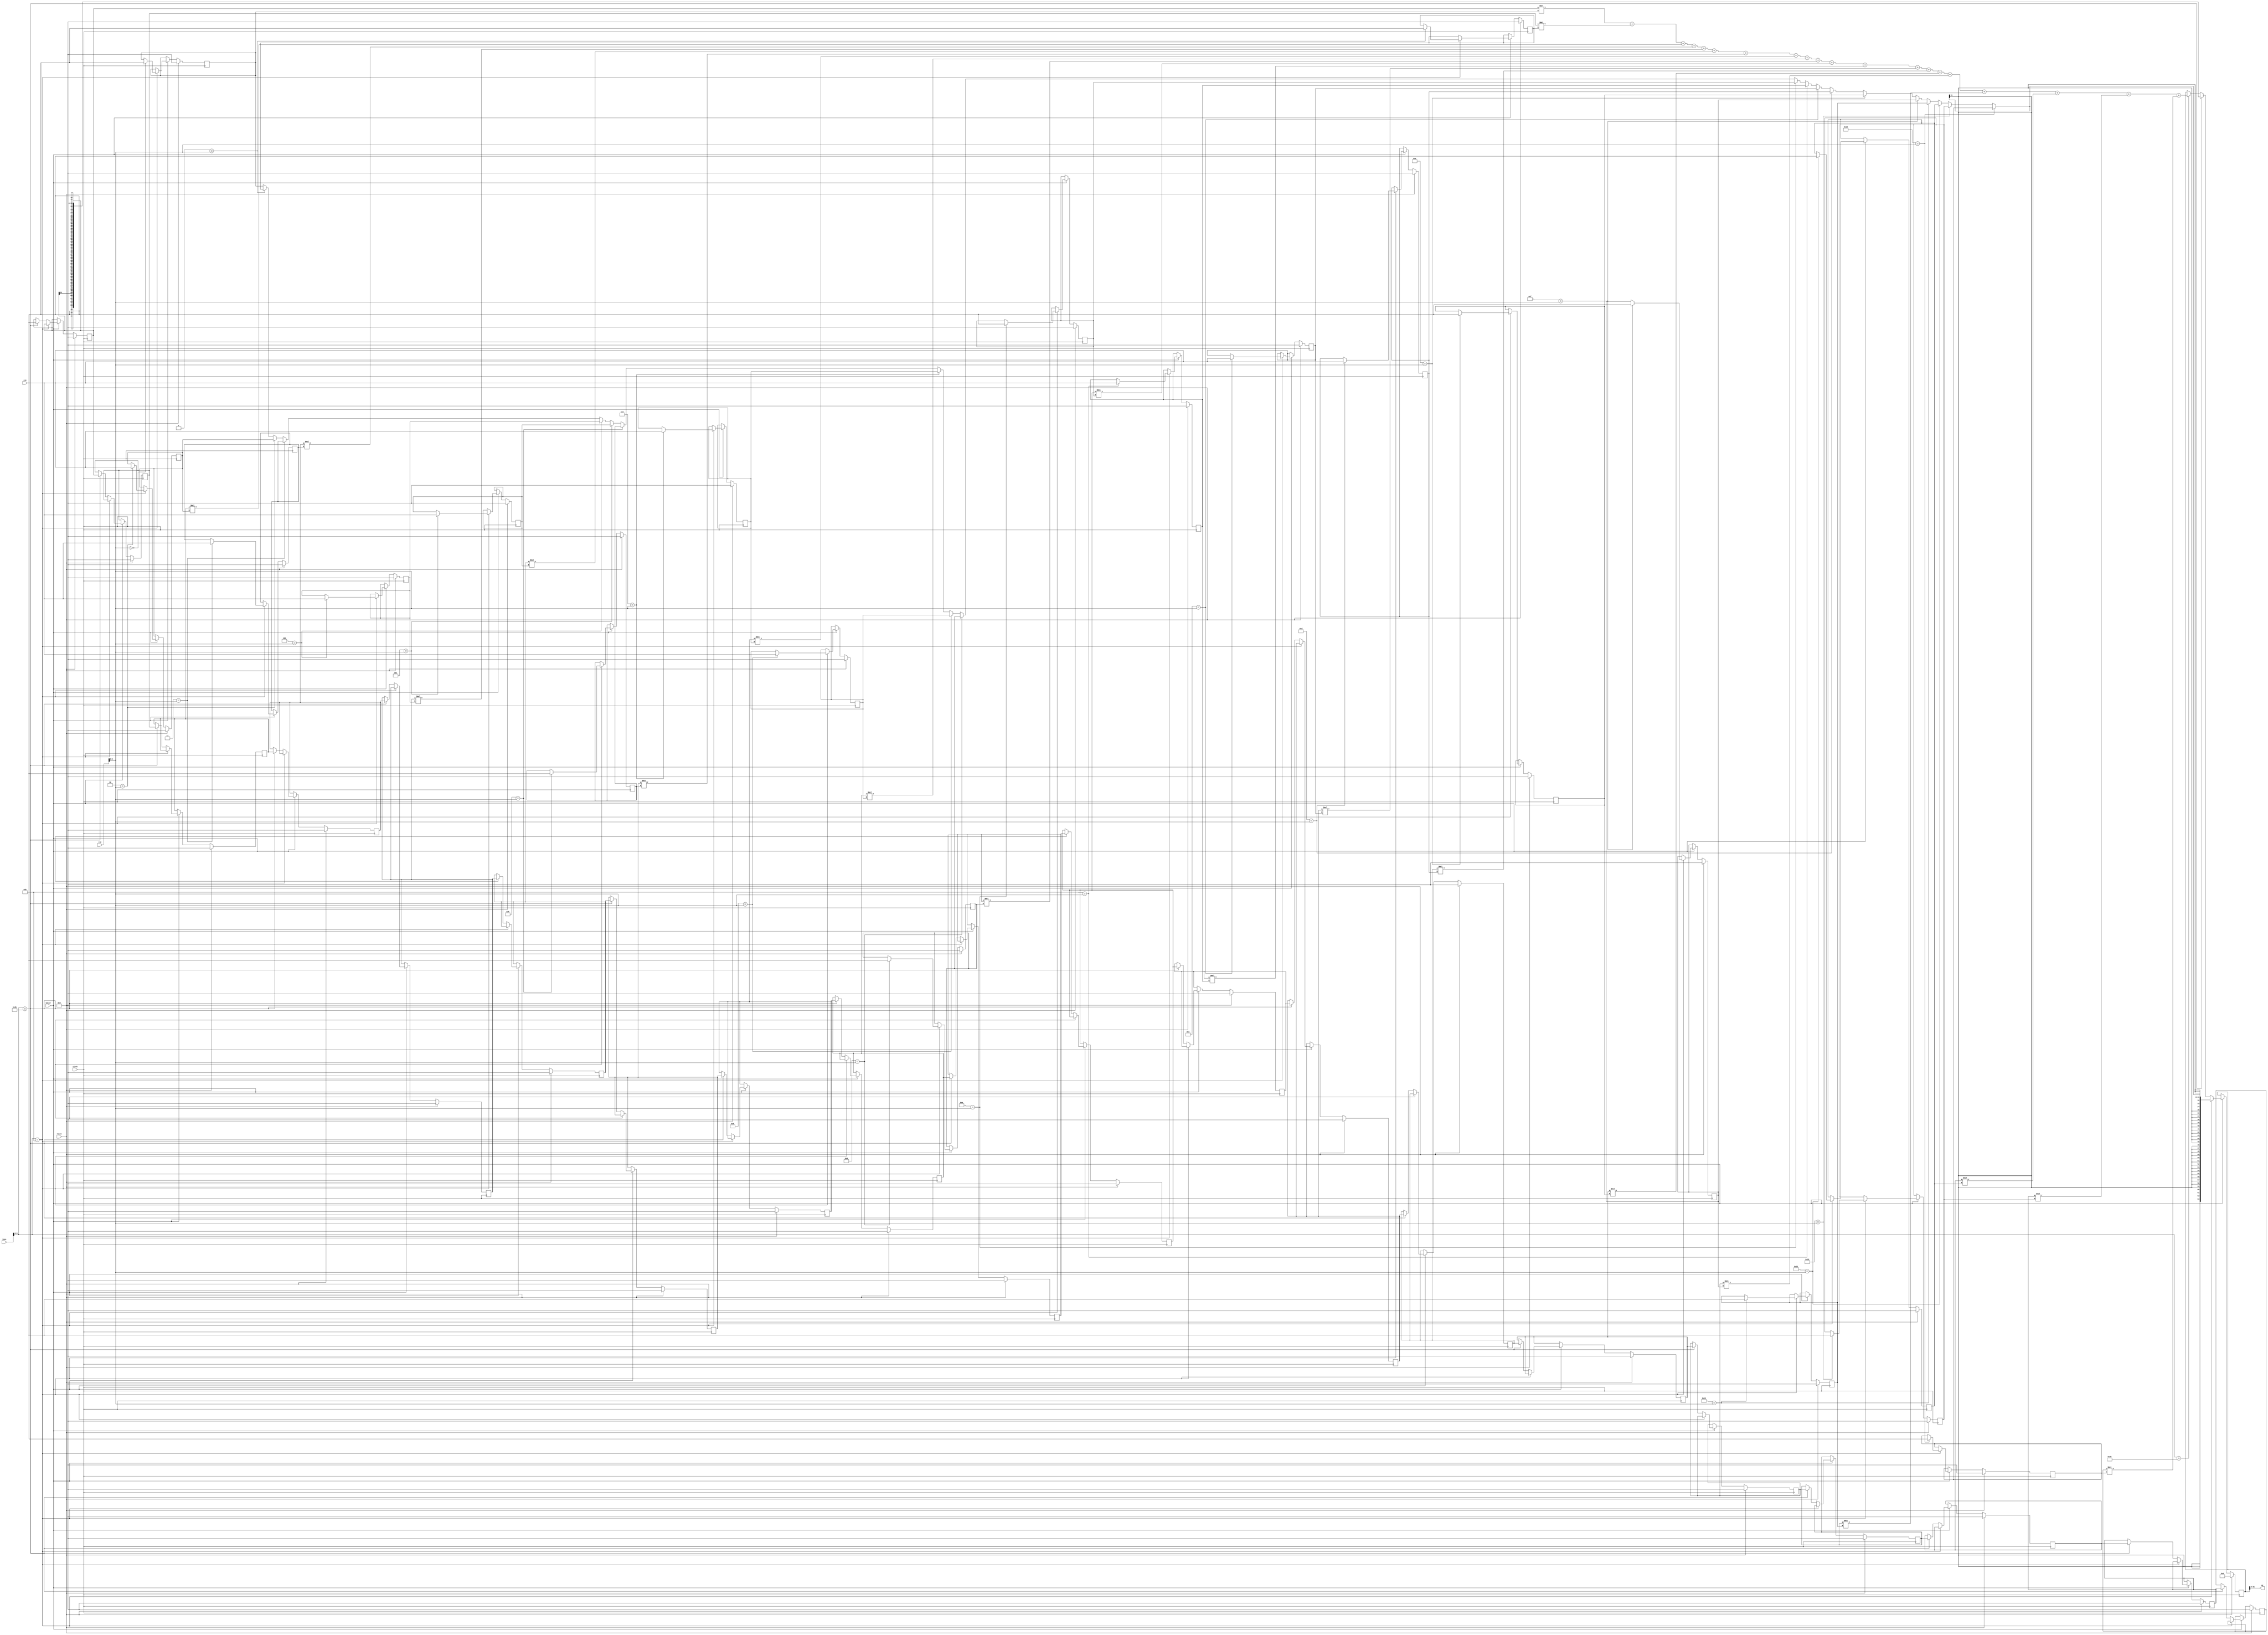
module SCIEPipelined #(parameter XLEN = 32)(
  input         clock,
  input         reset,
  input         valid,
  input  [31:0] insn,
  input  [31:0] rs1,
  input  [31:0] rs2,
  output [31:0] rd
);
  reg [31:0] coeffs_0;
  reg [31:0] coeffs_1;
  reg [31:0] coeffs_2;
  reg [31:0] coeffs_3;
  reg [31:0] coeffs_4;
  reg [31:0] coeffs_5;
  reg [31:0] coeffs_6;
  reg [31:0] coeffs_7;
  reg [31:0] coeffs_8;
  reg [31:0] coeffs_9;
  reg [31:0] coeffs_10;
  reg [31:0] coeffs_11;
  reg [31:0] coeffs_12;
  reg [31:0] coeffs_13;
  reg [31:0] coeffs_14;
  reg [31:0] coeffs_15;
  reg [31:0] coeffs_16;
  reg [31:0] coeffs_17;
  reg [31:0] coeffs_18;
  reg [31:0] coeffs_19;
  reg [31:0] data_0;
  reg [31:0] data_1;
  reg [31:0] data_2;
  reg [31:0] data_3;
  reg [31:0] data_4;
  reg [31:0] data_5;
  reg [31:0] data_6;
  reg [31:0] data_7;
  reg [31:0] data_8;
  reg [31:0] data_9;
  reg [31:0] data_10;
  reg [31:0] data_11;
  reg [31:0] data_12;
  reg [31:0] data_13;
  reg [31:0] data_14;
  reg [31:0] data_15;
  reg [31:0] data_16;
  reg [31:0] data_17;
  reg [31:0] data_18;
  reg [31:0] data_19;
  reg [63:0] result;
  wire [31:0] _GEN_21 = 5'h1 == rs2[4:0] ? $signed(coeffs_1) : $signed(coeffs_0);
  wire [31:0] _GEN_22 = 5'h2 == rs2[4:0] ? $signed(coeffs_2) : $signed(_GEN_21);
  wire [31:0] _GEN_23 = 5'h3 == rs2[4:0] ? $signed(coeffs_3) : $signed(_GEN_22);
  wire [31:0] _GEN_24 = 5'h4 == rs2[4:0] ? $signed(coeffs_4) : $signed(_GEN_23);
  wire [31:0] _GEN_25 = 5'h5 == rs2[4:0] ? $signed(coeffs_5) : $signed(_GEN_24);
  wire [31:0] _GEN_26 = 5'h6 == rs2[4:0] ? $signed(coeffs_6) : $signed(_GEN_25);
  wire [31:0] _GEN_27 = 5'h7 == rs2[4:0] ? $signed(coeffs_7) : $signed(_GEN_26);
  wire [31:0] _GEN_28 = 5'h8 == rs2[4:0] ? $signed(coeffs_8) : $signed(_GEN_27);
  wire [31:0] _GEN_29 = 5'h9 == rs2[4:0] ? $signed(coeffs_9) : $signed(_GEN_28);
  wire [31:0] _GEN_30 = 5'ha == rs2[4:0] ? $signed(coeffs_10) : $signed(_GEN_29);
  wire [31:0] _GEN_31 = 5'hb == rs2[4:0] ? $signed(coeffs_11) : $signed(_GEN_30);
  wire [31:0] _GEN_32 = 5'hc == rs2[4:0] ? $signed(coeffs_12) : $signed(_GEN_31);
  wire [31:0] _GEN_33 = 5'hd == rs2[4:0] ? $signed(coeffs_13) : $signed(_GEN_32);
  wire [31:0] _GEN_34 = 5'he == rs2[4:0] ? $signed(coeffs_14) : $signed(_GEN_33);
  wire [31:0] _GEN_35 = 5'hf == rs2[4:0] ? $signed(coeffs_15) : $signed(_GEN_34);
  wire [31:0] _GEN_36 = 5'h10 == rs2[4:0] ? $signed(coeffs_16) : $signed(_GEN_35);
  wire [31:0] _GEN_37 = 5'h11 == rs2[4:0] ? $signed(coeffs_17) : $signed(_GEN_36);
  wire [31:0] _GEN_38 = 5'h12 == rs2[4:0] ? $signed(coeffs_18) : $signed(_GEN_37);
  wire [31:0] _GEN_39 = 5'h13 == rs2[4:0] ? $signed(coeffs_19) : $signed(_GEN_38);
  wire [63:0] _result_T_2 = $signed(data_0) * $signed(coeffs_0);
  wire [63:0] _result_T_3 = $signed(data_1) * $signed(coeffs_1);
  wire [63:0] _result_T_4 = $signed(data_2) * $signed(coeffs_2);
  wire [63:0] _result_T_5 = $signed(data_3) * $signed(coeffs_3);
  wire [63:0] _result_T_6 = $signed(data_4) * $signed(coeffs_4);
  wire [63:0] _result_T_7 = $signed(data_5) * $signed(coeffs_5);
  wire [63:0] _result_T_8 = $signed(data_6) * $signed(coeffs_6);
  wire [63:0] _result_T_9 = $signed(data_7) * $signed(coeffs_7);
  wire [63:0] _result_T_10 = $signed(data_8) * $signed(coeffs_8);
  wire [63:0] _result_T_11 = $signed(data_9) * $signed(coeffs_9);
  wire [63:0] _result_T_12 = $signed(data_10) * $signed(coeffs_10);
  wire [63:0] _result_T_13 = $signed(data_11) * $signed(coeffs_11);
  wire [63:0] _result_T_14 = $signed(data_12) * $signed(coeffs_12);
  wire [63:0] _result_T_15 = $signed(data_13) * $signed(coeffs_13);
  wire [63:0] _result_T_16 = $signed(data_14) * $signed(coeffs_14);
  wire [63:0] _result_T_17 = $signed(data_15) * $signed(coeffs_15);
  wire [63:0] _result_T_18 = $signed(data_16) * $signed(coeffs_16);
  wire [63:0] _result_T_19 = $signed(data_17) * $signed(coeffs_17);
  wire [63:0] _result_T_20 = $signed(data_18) * $signed(coeffs_18);
  wire [63:0] _result_T_21 = $signed(data_19) * $signed(coeffs_19);
  wire [63:0] _result_T_24 = $signed(_result_T_2) + $signed(_result_T_3);
  wire [63:0] _result_T_27 = $signed(_result_T_24) + $signed(_result_T_4);
  wire [63:0] _result_T_30 = $signed(_result_T_27) + $signed(_result_T_5);
  wire [63:0] _result_T_33 = $signed(_result_T_30) + $signed(_result_T_6);
  wire [63:0] _result_T_36 = $signed(_result_T_33) + $signed(_result_T_7);
  wire [63:0] _result_T_39 = $signed(_result_T_36) + $signed(_result_T_8);
  wire [63:0] _result_T_42 = $signed(_result_T_39) + $signed(_result_T_9);
  wire [63:0] _result_T_45 = $signed(_result_T_42) + $signed(_result_T_10);
  wire [63:0] _result_T_48 = $signed(_result_T_45) + $signed(_result_T_11);
  wire [63:0] _result_T_51 = $signed(_result_T_48) + $signed(_result_T_12);
  wire [63:0] _result_T_54 = $signed(_result_T_51) + $signed(_result_T_13);
  wire [63:0] _result_T_57 = $signed(_result_T_54) + $signed(_result_T_14);
  wire [63:0] _result_T_60 = $signed(_result_T_57) + $signed(_result_T_15);
  wire [63:0] _result_T_63 = $signed(_result_T_60) + $signed(_result_T_16);
  wire [63:0] _result_T_66 = $signed(_result_T_63) + $signed(_result_T_17);
  wire [63:0] _result_T_69 = $signed(_result_T_66) + $signed(_result_T_18);
  wire [63:0] _result_T_72 = $signed(_result_T_69) + $signed(_result_T_19);
  wire [63:0] _result_T_75 = $signed(_result_T_72) + $signed(_result_T_20);
  wire [63:0] _result_T_78 = $signed(_result_T_75) + $signed(_result_T_21);
  wire [63:0] _GEN_40 = insn[6:0] == 7'h3b ? $signed(_result_T_78) : $signed(result);
  assign rd = result[31:0];
  always @(posedge clock) begin
    if (reset) begin
      coeffs_0 <= 32'sh0;
    end else if (valid) begin
      if (insn[6:0] == 7'hb) begin
        if (5'h0 == rs2[4:0]) begin
          coeffs_0 <= rs1;
        end
      end
    end
    if (reset) begin
      coeffs_1 <= 32'sh0;
    end else if (valid) begin
      if (insn[6:0] == 7'hb) begin
        if (5'h1 == rs2[4:0]) begin
          coeffs_1 <= rs1;
        end
      end
    end
    if (reset) begin
      coeffs_2 <= 32'sh0;
    end else if (valid) begin
      if (insn[6:0] == 7'hb) begin
        if (5'h2 == rs2[4:0]) begin
          coeffs_2 <= rs1;
        end
      end
    end
    if (reset) begin
      coeffs_3 <= 32'sh0;
    end else if (valid) begin
      if (insn[6:0] == 7'hb) begin
        if (5'h3 == rs2[4:0]) begin
          coeffs_3 <= rs1;
        end
      end
    end
    if (reset) begin
      coeffs_4 <= 32'sh0;
    end else if (valid) begin
      if (insn[6:0] == 7'hb) begin
        if (5'h4 == rs2[4:0]) begin
          coeffs_4 <= rs1;
        end
      end
    end
    if (reset) begin
      coeffs_5 <= 32'sh0;
    end else if (valid) begin
      if (insn[6:0] == 7'hb) begin
        if (5'h5 == rs2[4:0]) begin
          coeffs_5 <= rs1;
        end
      end
    end
    if (reset) begin
      coeffs_6 <= 32'sh0;
    end else if (valid) begin
      if (insn[6:0] == 7'hb) begin
        if (5'h6 == rs2[4:0]) begin
          coeffs_6 <= rs1;
        end
      end
    end
    if (reset) begin
      coeffs_7 <= 32'sh0;
    end else if (valid) begin
      if (insn[6:0] == 7'hb) begin
        if (5'h7 == rs2[4:0]) begin
          coeffs_7 <= rs1;
        end
      end
    end
    if (reset) begin
      coeffs_8 <= 32'sh0;
    end else if (valid) begin
      if (insn[6:0] == 7'hb) begin
        if (5'h8 == rs2[4:0]) begin
          coeffs_8 <= rs1;
        end
      end
    end
    if (reset) begin
      coeffs_9 <= 32'sh0;
    end else if (valid) begin
      if (insn[6:0] == 7'hb) begin
        if (5'h9 == rs2[4:0]) begin
          coeffs_9 <= rs1;
        end
      end
    end
    if (reset) begin
      coeffs_10 <= 32'sh0;
    end else if (valid) begin
      if (insn[6:0] == 7'hb) begin
        if (5'ha == rs2[4:0]) begin
          coeffs_10 <= rs1;
        end
      end
    end
    if (reset) begin
      coeffs_11 <= 32'sh0;
    end else if (valid) begin
      if (insn[6:0] == 7'hb) begin
        if (5'hb == rs2[4:0]) begin
          coeffs_11 <= rs1;
        end
      end
    end
    if (reset) begin
      coeffs_12 <= 32'sh0;
    end else if (valid) begin
      if (insn[6:0] == 7'hb) begin
        if (5'hc == rs2[4:0]) begin
          coeffs_12 <= rs1;
        end
      end
    end
    if (reset) begin
      coeffs_13 <= 32'sh0;
    end else if (valid) begin
      if (insn[6:0] == 7'hb) begin
        if (5'hd == rs2[4:0]) begin
          coeffs_13 <= rs1;
        end
      end
    end
    if (reset) begin
      coeffs_14 <= 32'sh0;
    end else if (valid) begin
      if (insn[6:0] == 7'hb) begin
        if (5'he == rs2[4:0]) begin
          coeffs_14 <= rs1;
        end
      end
    end
    if (reset) begin
      coeffs_15 <= 32'sh0;
    end else if (valid) begin
      if (insn[6:0] == 7'hb) begin
        if (5'hf == rs2[4:0]) begin
          coeffs_15 <= rs1;
        end
      end
    end
    if (reset) begin
      coeffs_16 <= 32'sh0;
    end else if (valid) begin
      if (insn[6:0] == 7'hb) begin
        if (5'h10 == rs2[4:0]) begin
          coeffs_16 <= rs1;
        end
      end
    end
    if (reset) begin
      coeffs_17 <= 32'sh0;
    end else if (valid) begin
      if (insn[6:0] == 7'hb) begin
        if (5'h11 == rs2[4:0]) begin
          coeffs_17 <= rs1;
        end
      end
    end
    if (reset) begin
      coeffs_18 <= 32'sh0;
    end else if (valid) begin
      if (insn[6:0] == 7'hb) begin
        if (5'h12 == rs2[4:0]) begin
          coeffs_18 <= rs1;
        end
      end
    end
    if (reset) begin
      coeffs_19 <= 32'sh0;
    end else if (valid) begin
      if (insn[6:0] == 7'hb) begin
        if (5'h13 == rs2[4:0]) begin
          coeffs_19 <= rs1;
        end
      end
    end
    if (reset) begin
      data_0 <= 32'sh0;
    end else if (valid) begin
      if (!(insn[6:0] == 7'hb)) begin
        if (insn[6:0] == 7'h2b) begin
          data_0 <= rs1;
        end
      end
    end
    if (reset) begin
      data_1 <= 32'sh0;
    end else if (valid) begin
      if (!(insn[6:0] == 7'hb)) begin
        if (insn[6:0] == 7'h2b) begin
          data_1 <= data_0;
        end
      end
    end
    if (reset) begin
      data_2 <= 32'sh0;
    end else if (valid) begin
      if (!(insn[6:0] == 7'hb)) begin
        if (insn[6:0] == 7'h2b) begin
          data_2 <= data_1;
        end
      end
    end
    if (reset) begin
      data_3 <= 32'sh0;
    end else if (valid) begin
      if (!(insn[6:0] == 7'hb)) begin
        if (insn[6:0] == 7'h2b) begin
          data_3 <= data_2;
        end
      end
    end
    if (reset) begin
      data_4 <= 32'sh0;
    end else if (valid) begin
      if (!(insn[6:0] == 7'hb)) begin
        if (insn[6:0] == 7'h2b) begin
          data_4 <= data_3;
        end
      end
    end
    if (reset) begin
      data_5 <= 32'sh0;
    end else if (valid) begin
      if (!(insn[6:0] == 7'hb)) begin
        if (insn[6:0] == 7'h2b) begin
          data_5 <= data_4;
        end
      end
    end
    if (reset) begin
      data_6 <= 32'sh0;
    end else if (valid) begin
      if (!(insn[6:0] == 7'hb)) begin
        if (insn[6:0] == 7'h2b) begin
          data_6 <= data_5;
        end
      end
    end
    if (reset) begin
      data_7 <= 32'sh0;
    end else if (valid) begin
      if (!(insn[6:0] == 7'hb)) begin
        if (insn[6:0] == 7'h2b) begin
          data_7 <= data_6;
        end
      end
    end
    if (reset) begin
      data_8 <= 32'sh0;
    end else if (valid) begin
      if (!(insn[6:0] == 7'hb)) begin
        if (insn[6:0] == 7'h2b) begin
          data_8 <= data_7;
        end
      end
    end
    if (reset) begin
      data_9 <= 32'sh0;
    end else if (valid) begin
      if (!(insn[6:0] == 7'hb)) begin
        if (insn[6:0] == 7'h2b) begin
          data_9 <= data_8;
        end
      end
    end
    if (reset) begin
      data_10 <= 32'sh0;
    end else if (valid) begin
      if (!(insn[6:0] == 7'hb)) begin
        if (insn[6:0] == 7'h2b) begin
          data_10 <= data_9;
        end
      end
    end
    if (reset) begin
      data_11 <= 32'sh0;
    end else if (valid) begin
      if (!(insn[6:0] == 7'hb)) begin
        if (insn[6:0] == 7'h2b) begin
          data_11 <= data_10;
        end
      end
    end
    if (reset) begin
      data_12 <= 32'sh0;
    end else if (valid) begin
      if (!(insn[6:0] == 7'hb)) begin
        if (insn[6:0] == 7'h2b) begin
          data_12 <= data_11;
        end
      end
    end
    if (reset) begin
      data_13 <= 32'sh0;
    end else if (valid) begin
      if (!(insn[6:0] == 7'hb)) begin
        if (insn[6:0] == 7'h2b) begin
          data_13 <= data_12;
        end
      end
    end
    if (reset) begin
      data_14 <= 32'sh0;
    end else if (valid) begin
      if (!(insn[6:0] == 7'hb)) begin
        if (insn[6:0] == 7'h2b) begin
          data_14 <= data_13;
        end
      end
    end
    if (reset) begin
      data_15 <= 32'sh0;
    end else if (valid) begin
      if (!(insn[6:0] == 7'hb)) begin
        if (insn[6:0] == 7'h2b) begin
          data_15 <= data_14;
        end
      end
    end
    if (reset) begin
      data_16 <= 32'sh0;
    end else if (valid) begin
      if (!(insn[6:0] == 7'hb)) begin
        if (insn[6:0] == 7'h2b) begin
          data_16 <= data_15;
        end
      end
    end
    if (reset) begin
      data_17 <= 32'sh0;
    end else if (valid) begin
      if (!(insn[6:0] == 7'hb)) begin
        if (insn[6:0] == 7'h2b) begin
          data_17 <= data_16;
        end
      end
    end
    if (reset) begin
      data_18 <= 32'sh0;
    end else if (valid) begin
      if (!(insn[6:0] == 7'hb)) begin
        if (insn[6:0] == 7'h2b) begin
          data_18 <= data_17;
        end
      end
    end
    if (reset) begin
      data_19 <= 32'sh0;
    end else if (valid) begin
      if (!(insn[6:0] == 7'hb)) begin
        if (insn[6:0] == 7'h2b) begin
          data_19 <= data_18;
        end
      end
    end
    if (reset) begin
      result <= 64'sh0;
    end else if (valid) begin
      if (insn[6:0] == 7'hb) begin
        result <= {{32{_GEN_39[31]}},_GEN_39};
      end else if (insn[6:0] == 7'h2b) begin
        result <= {{32{data_0[31]}},data_0};
      end else begin
        result <= _GEN_40;
      end
    end
  end
endmodule